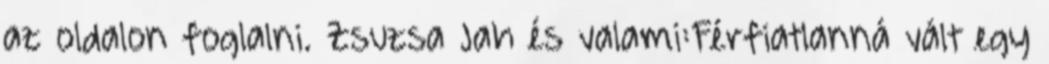
az oldalon foglalni. Zsuzsa Jah és valami:Férfiatlanná vált egy